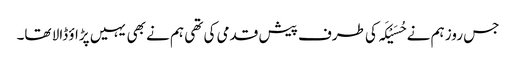
جس روز ہم نے حُسَیْکَہ کی طرف پیش قدمی کی تھی ہم نے بھی یہیں پڑاؤ ڈالا تھا۔